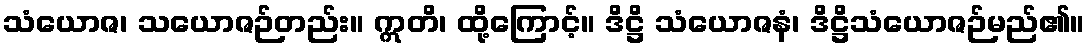
သံယောဇ၊ သယောဇဉ်တည်း။ ဣတိ၊ ထို့ကြောင့်။ ဒိဋ္ဌိ သံယောဇနံ၊ ဒိဋ္ဌိသံယောဇဉ်မည်၏။